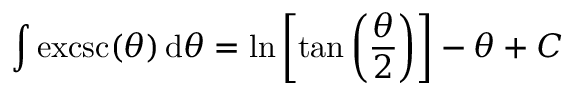
\int \operatorname { e x c s c } ( \theta ) \, \mathrm { d } \theta = \ln \left[ \tan \left( { \frac { \theta } { 2 } } \right) \right] - \theta + C